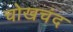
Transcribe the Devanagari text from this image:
चोखचंद